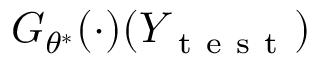
G _ { \theta ^ { * } } ( \cdot ) ( Y _ { \mathrm { ~ t ~ e ~ s ~ t ~ } } )